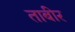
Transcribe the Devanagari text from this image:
ताबीर